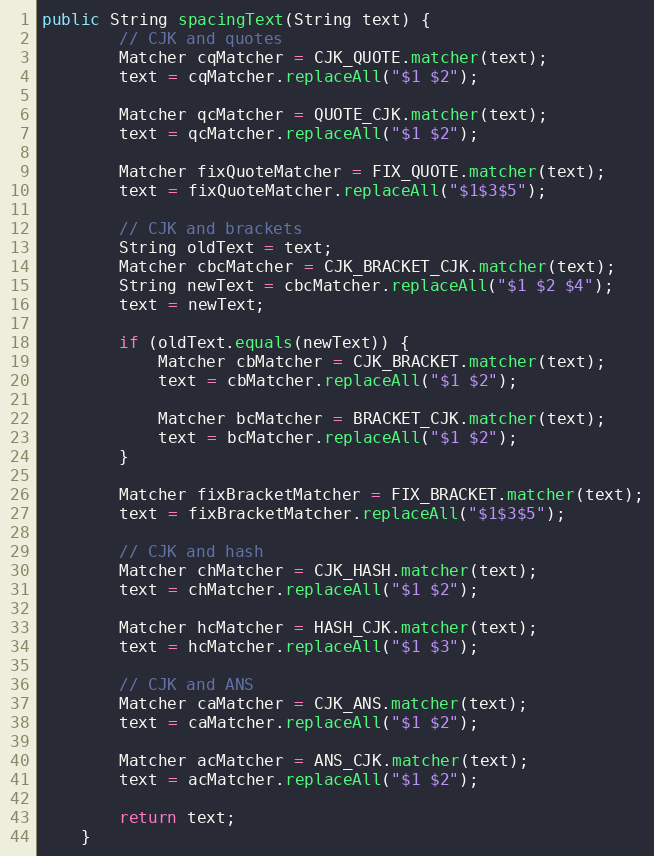
Language: Java
public String spacingText(String text) {
        // CJK and quotes
        Matcher cqMatcher = CJK_QUOTE.matcher(text);
        text = cqMatcher.replaceAll("$1 $2");

        Matcher qcMatcher = QUOTE_CJK.matcher(text);
        text = qcMatcher.replaceAll("$1 $2");

        Matcher fixQuoteMatcher = FIX_QUOTE.matcher(text);
        text = fixQuoteMatcher.replaceAll("$1$3$5");

        // CJK and brackets
        String oldText = text;
        Matcher cbcMatcher = CJK_BRACKET_CJK.matcher(text);
        String newText = cbcMatcher.replaceAll("$1 $2 $4");
        text = newText;

        if (oldText.equals(newText)) {
            Matcher cbMatcher = CJK_BRACKET.matcher(text);
            text = cbMatcher.replaceAll("$1 $2");

            Matcher bcMatcher = BRACKET_CJK.matcher(text);
            text = bcMatcher.replaceAll("$1 $2");
        }

        Matcher fixBracketMatcher = FIX_BRACKET.matcher(text);
        text = fixBracketMatcher.replaceAll("$1$3$5");

        // CJK and hash
        Matcher chMatcher = CJK_HASH.matcher(text);
        text = chMatcher.replaceAll("$1 $2");

        Matcher hcMatcher = HASH_CJK.matcher(text);
        text = hcMatcher.replaceAll("$1 $3");

        // CJK and ANS
        Matcher caMatcher = CJK_ANS.matcher(text);
        text = caMatcher.replaceAll("$1 $2");

        Matcher acMatcher = ANS_CJK.matcher(text);
        text = acMatcher.replaceAll("$1 $2");

        return text;
    }